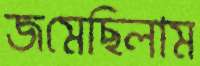
জমেছিলাম